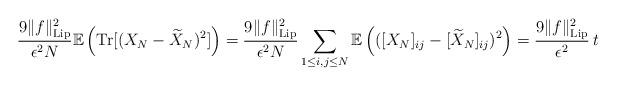
LaTeX: \begin{align*}\frac{9 \|f\|_{\mathrm{Lip}}^2}{\epsilon^2 N}\mathbb{E}\left(\mathrm{Tr}[(X_N-\widetilde{X}_N)^2]\right)=\frac{9 \|f\|_{\mathrm{Lip}}^2}{\epsilon^2 N}\sum_{1\leq i,j \leq N}\mathbb{E}\left(([X_N]_{ij}-[\widetilde{X}_N]_{ij})^2\right)=\frac{9 \|f\|_{\mathrm{Lip}}^2}{\epsilon^2}\,t\end{align*}